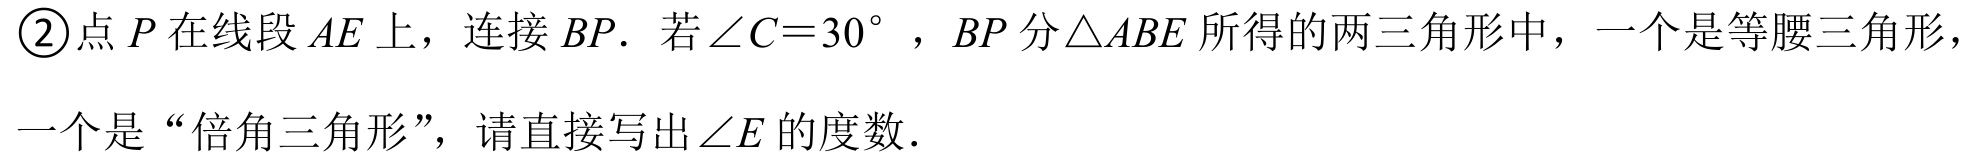
\textcircled{2}点\(P\)在线段\(AE\)上，连接\(BP\). 若\(\angle C = 30^{\circ}\)，\(BP\)分\(\triangle ABE\)所得的两三角形中，一个是等腰三角形，一个是“倍角三角形”，请直接写出\(\angle E\)的度数.